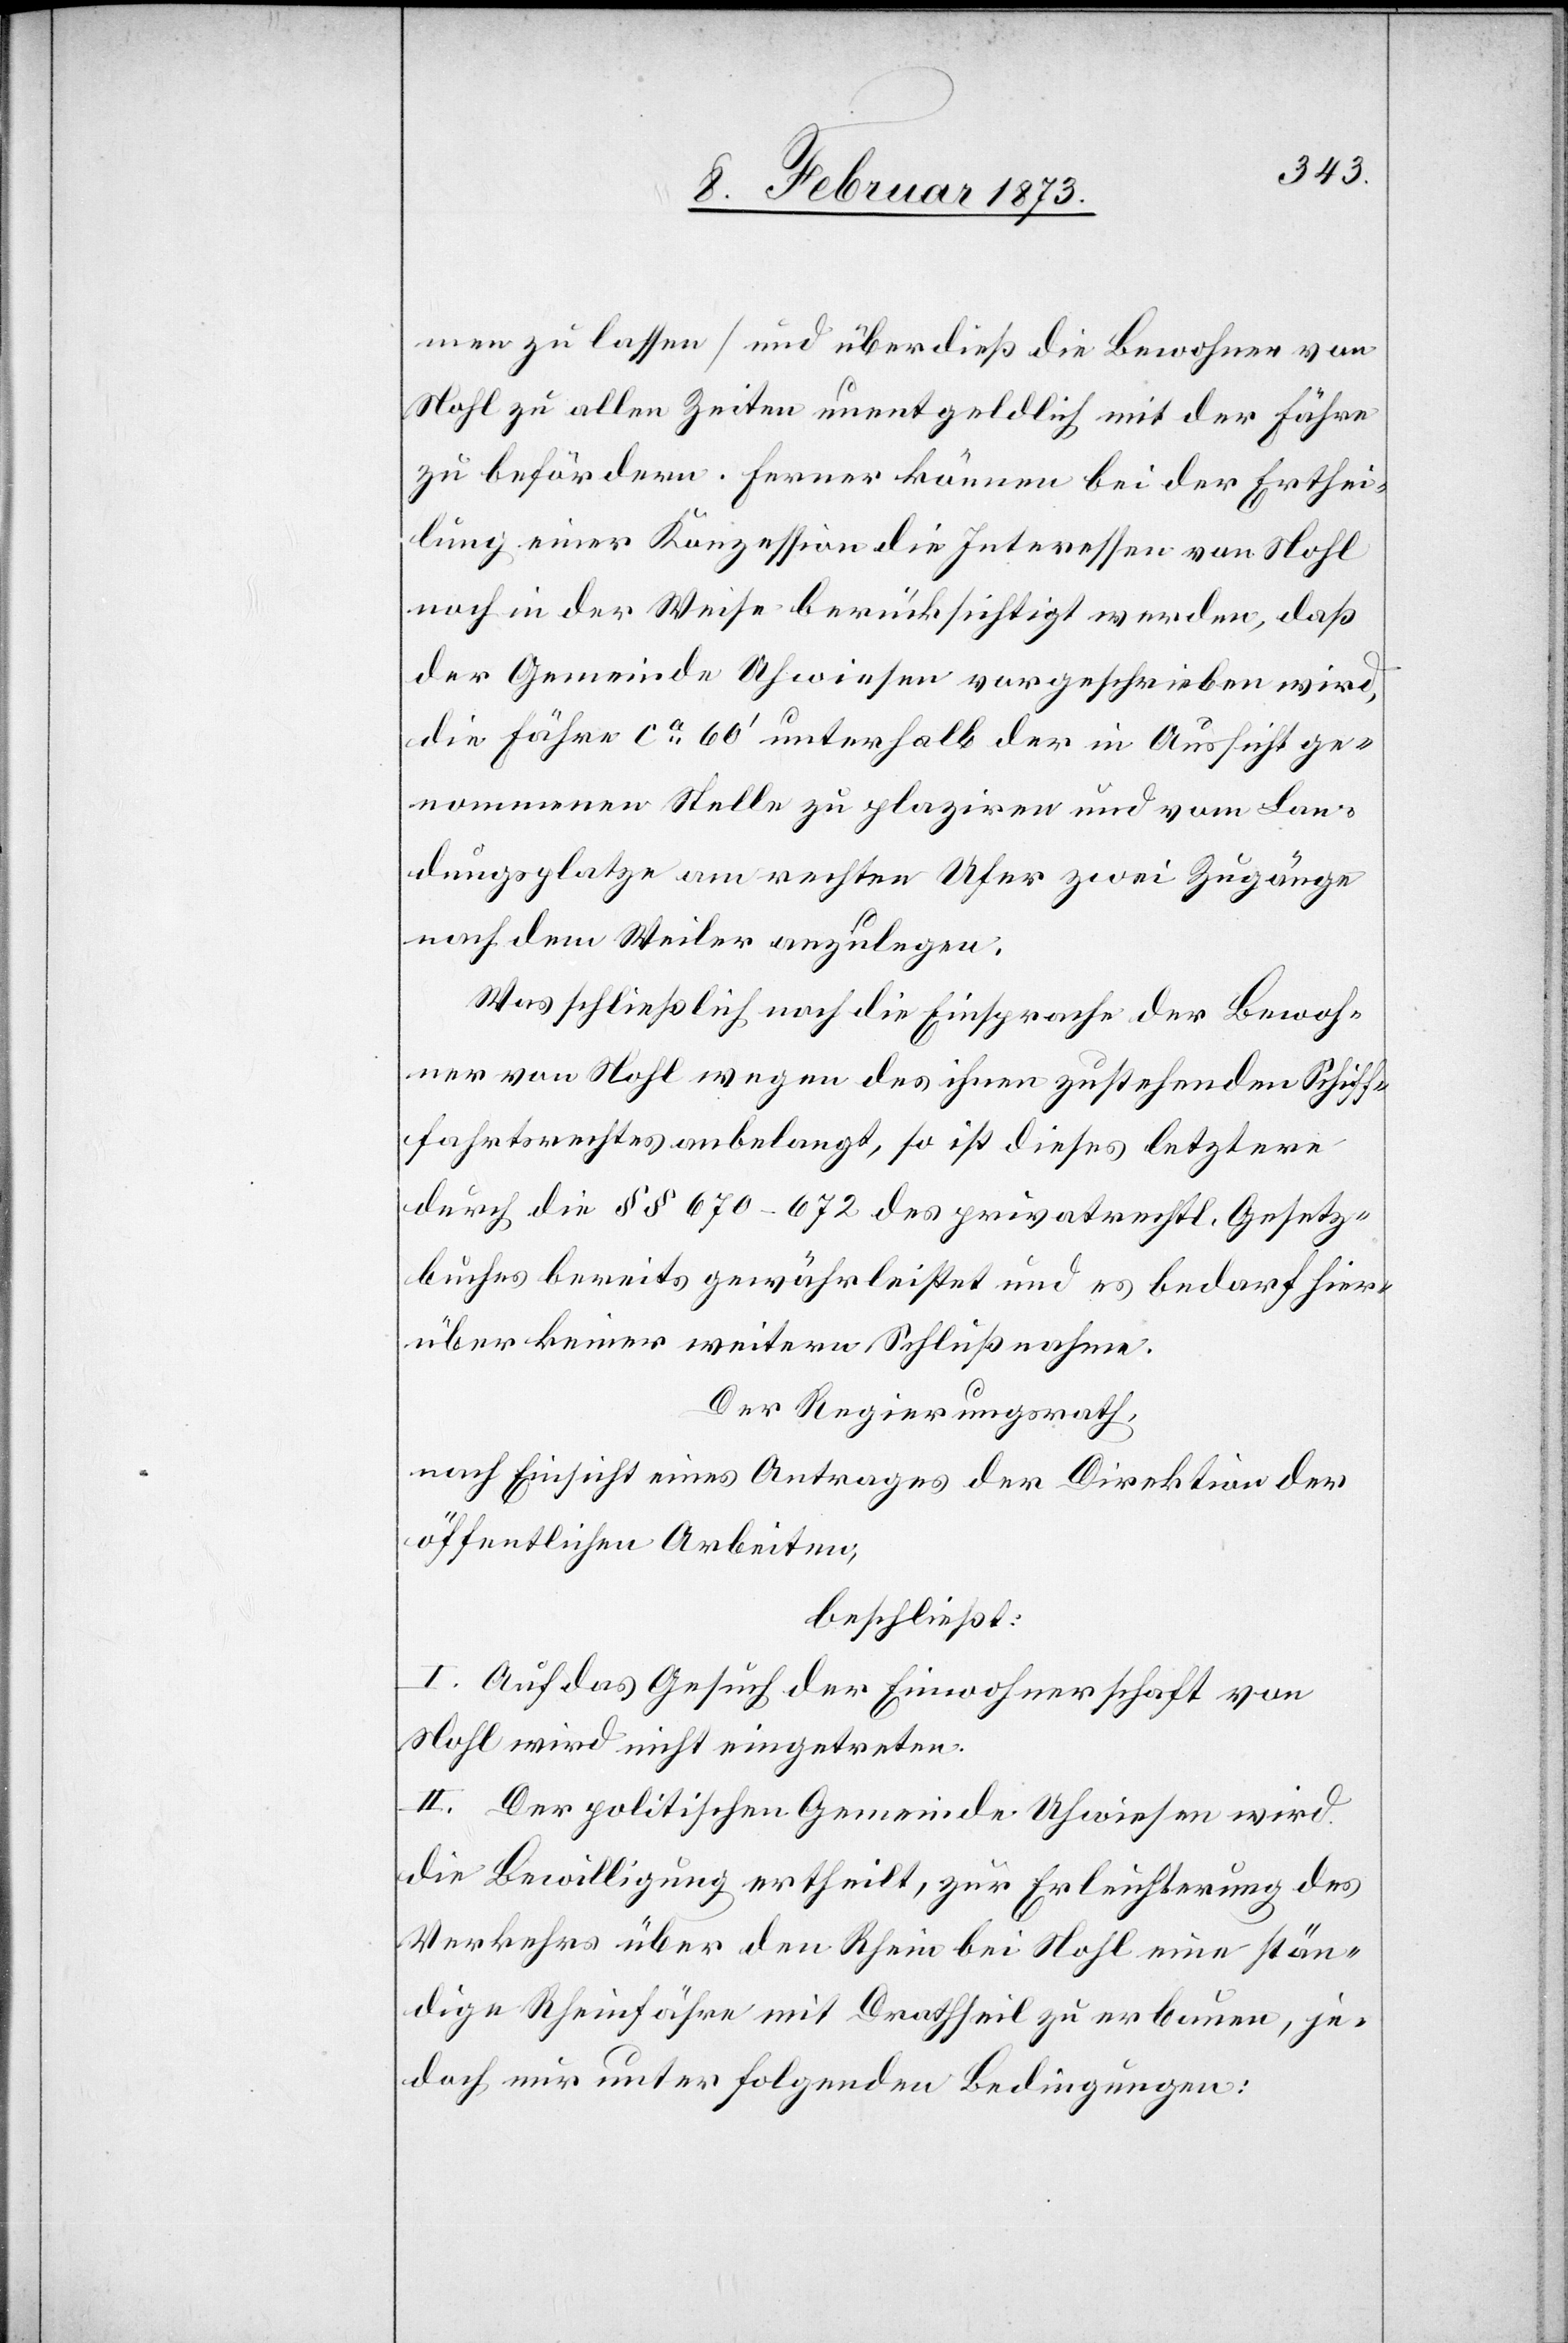
men zu lassen] und überdieß die Bewohner von
Nohl zu allen Zeiten unentgeldlich mit der Fähre
zu befördern. Ferner können bei der Erthei¬
lung einer Konzession die Interessen von Nohl
noch in der Weise berücksichtigt werden, daß
der Gemeinde Uhwiesen vorgeschrieben wird,
die Fähre ca 60’ unterhalb der in Aussicht ge¬
nommenen Stelle zu plaziren und vom Lan¬
dungsplatze am rechten Ufer zwei Zugänge
nach dem Weiler anzulegen.
Was schließlich noch die Einsprache der Bewoh¬
ner von Nohl wegen des ihnen zustehenden Schiff¬
fahrtsrechtes anbelangt, so ist diese letztere
durch die §§ 670–672 des privatrechtl. Gesetz¬
buches bereits gewährleistet und es bedarf hier¬
über keiner weitern Schlußnahme.
Der Regierungsrath,
nach Einsicht eines Antrages der Direktion der
öffentlichen Arbeiten,
beschließt:
I. Auf das Gesuch der Einwohnerschaft von
Nohl wird nicht eingetreten.
II. Der politischen Gemeinde Uhwiesen wird
die Bewilligung ertheilt, zur Erleichterung des
Verkehrs über den Rhein bei Nohl eine stän¬
dige Rheinfähre mit Drathseil zu erbauen, je¬
doch nur unter folgenden Bedingungen: